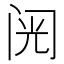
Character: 𲈺